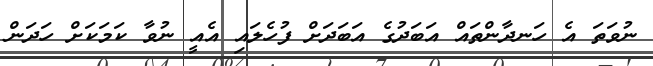
ނުވަތަ އެ ހަނދާންތައް އަބަދުގެ އަބަދަށް ފުހެލައި އެއީ ނުވާ ކަމަކަށް ހަދަން